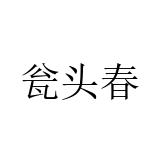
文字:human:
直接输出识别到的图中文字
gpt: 瓮头春